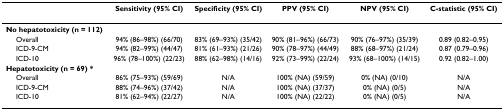
<table><thead><tr><td></td><td><b>Sensitivity (95% CI)</b></td><td><b>Specificity (95% CI)</b></td><td><b>PPV (95% CI)</b></td><td><b>NPV (95% CI)</b></td><td><b>C-statistic (95% CI)</b></td></tr></thead><tbody><tr><td><b>No hepatotoxicity (n = 112)</b></td><td></td><td></td><td></td><td></td><td></td></tr><tr><td> Overall</td><td>94% (86–98%) (66/70)</td><td>83% (69–93%) (35/42)</td><td>90% (81–96%) (66/73)</td><td>90% (76–97%) (35/39)</td><td>0.89 (0.82–0.95)</td></tr><tr><td> ICD-9-CM</td><td>94% (82–99%) (44/47)</td><td>81% (61–93%) (21/26)</td><td>90% (78–97%) (44/49)</td><td>88% (68–97%) (21/24)</td><td>0.87 (0.79–0.96)</td></tr><tr><td> ICD-10</td><td>96% (78–100%) (22/23)</td><td>88% (62–98%) (14/16)</td><td>92% (73–99%) (22/24)</td><td>93% (68–100%) (14/15)</td><td>0.92 (0.82–1.00)</td></tr><tr><td><b>Hepatotoxicity (n = 69) *</b></td><td></td><td></td><td></td><td></td><td></td></tr><tr><td> Overall</td><td>86% (75–93%) (59/69)</td><td>N/A</td><td>100% (NA) (59/59)</td><td>0% (NA) (0/10)</td><td>N/A</td></tr><tr><td> ICD-9-CM</td><td>88% (74–96%) (37/42)</td><td>N/A</td><td>100% (NA) (37/37)</td><td>0% (NA) (0/5)</td><td>N/A</td></tr><tr><td> ICD-10</td><td>81% (62–94%) (22/27)</td><td>N/A</td><td>100% (NA) (22/22)</td><td>0% (NA) (0/5)</td><td>N/A</td></tr></tbody></table>